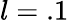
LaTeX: l=.1